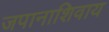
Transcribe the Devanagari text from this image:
जपानाशिवाय